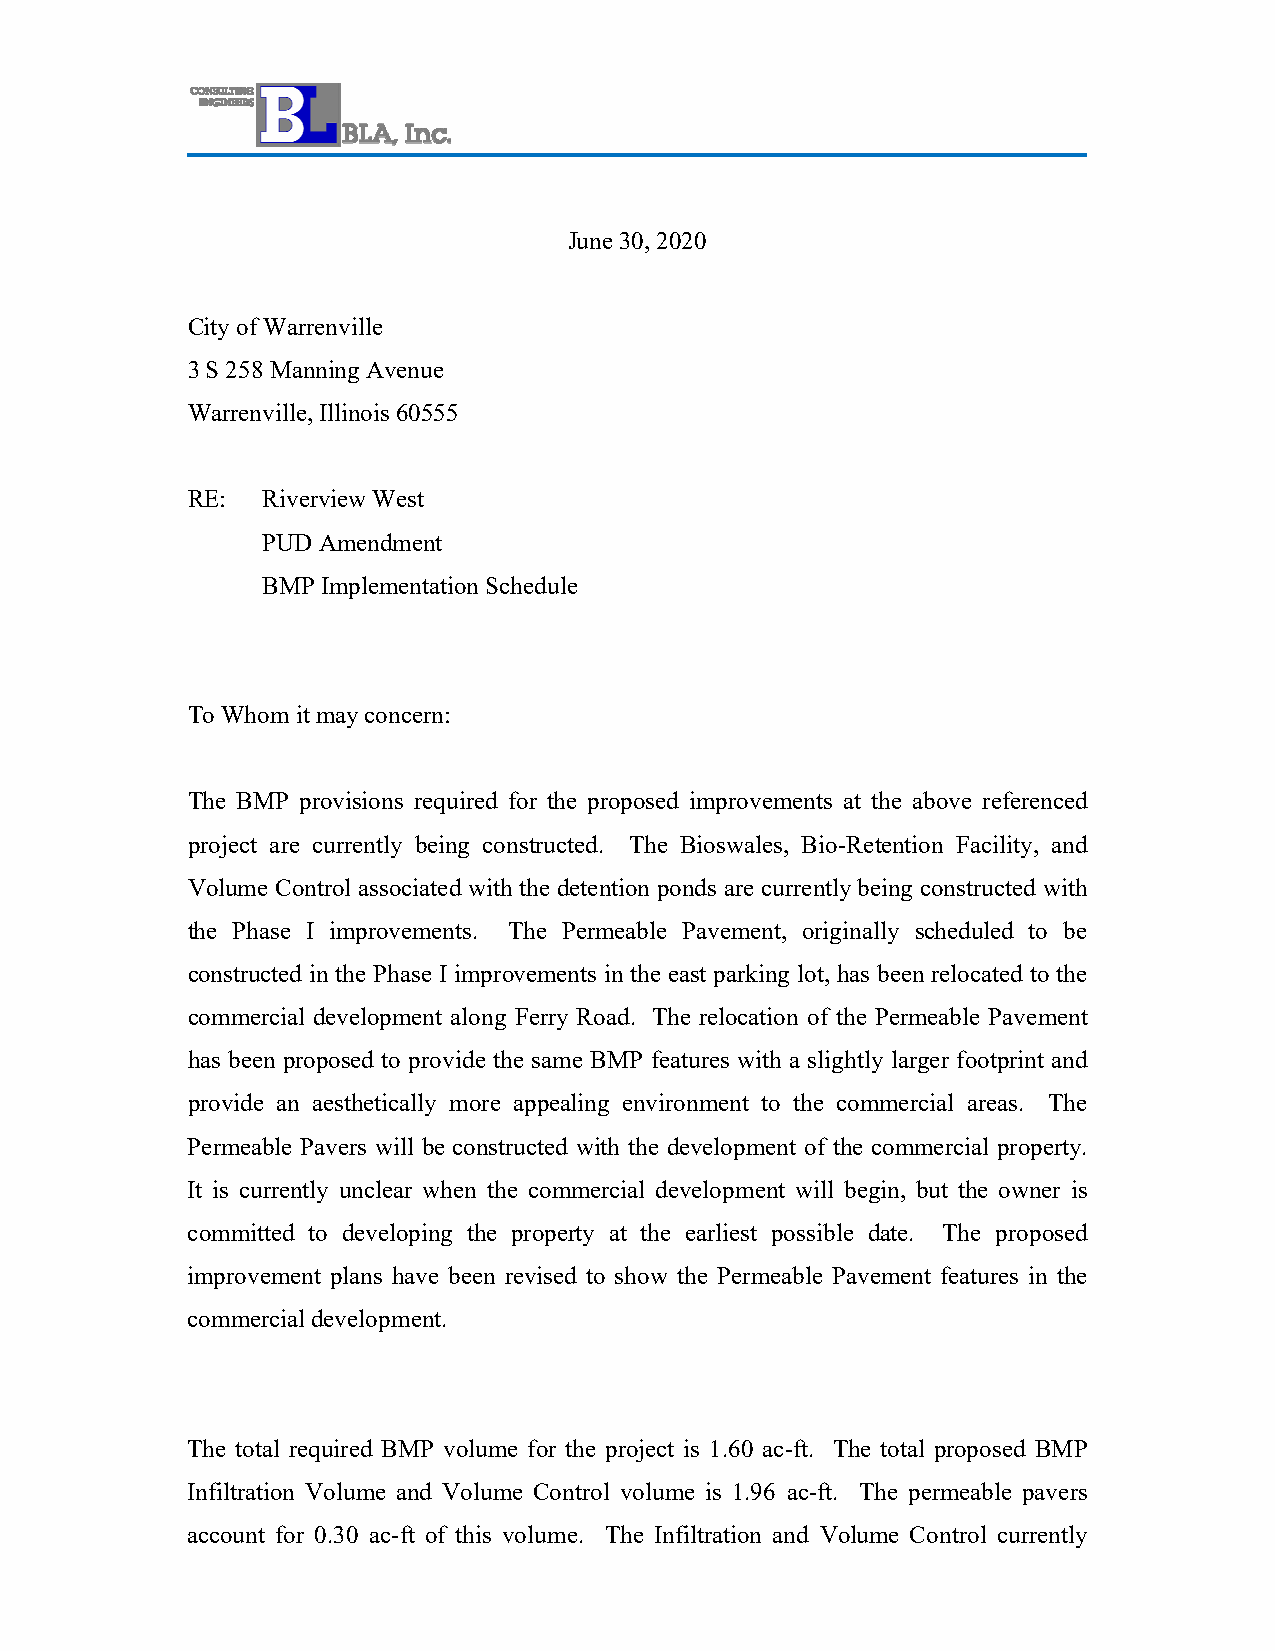
June 30, 2020
 City of Warrenville
 3 S 258 Manning Avenue
 Warrenville, Illinois 60555
 RE:  Riverview West
 PUD Amendment
 BMP Implementation Schedule
 To Whom it may concern:
 The BMP provisions required for the proposed improvements at the above referenced
 project are currently being constructed. The Bioswales, Bio-Retention Facility, and
 Volume Control associated with the detention ponds are currently being constructed with
 the Phase I improvements. The Permeable Pavement, originally scheduled to be
 constructed in the Phase I improvements in the east parking lot, has been relocated to the
 commercial development along Ferry Road. The relocation of the Permeable Pavement
 has been proposed to provide the same BMP features with a slightly larger footprint and
 provide an aesthetically more appealing environment to the commercial areas. The
 Permeable Pavers will be constructed with the development of the commercial property.
 It is currently unclear when the commercial development will begin, but the owner is
 committed to developing the property at the earliest possible date. The proposed
 improvement plans have been revised to show the Permeable Pavement features in the
 commercial development.
 The total required BMP volume for the project is 1.60 ac-ft. The total proposed BMP
 Infiltration Volume and Volume Control volume is 1.96 ac-ft. The permeable pavers
 account for 0.30 ac-ft of this volume. The Infiltration and Volume Control currently